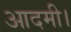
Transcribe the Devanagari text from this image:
आदमी।